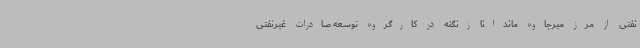
نفتی از مرز میرجاوه ماندانا زنگنه در کارگروه توسعه صادرات غیرنفتی